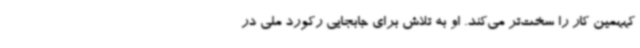
کههمین کار را سخت‌تر می‌کند. او به تلاش برای جابجایی رکورد ملی در